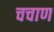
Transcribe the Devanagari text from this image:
चचाण